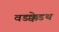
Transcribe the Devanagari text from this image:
वडक्केडथ